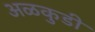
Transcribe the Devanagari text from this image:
अळकुडी